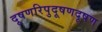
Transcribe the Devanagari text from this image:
दूषणरिपुदूषणदूषण